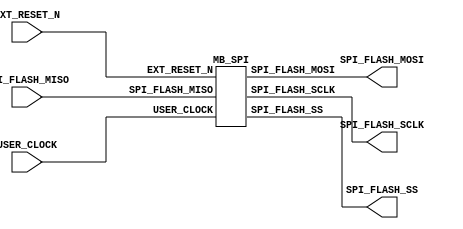
//-----------------------------------------------------------------------------
// MB_SPI_stub.v
//-----------------------------------------------------------------------------

module MB_SPI_stub
  (
    EXT_RESET_N,
    USER_CLOCK,
    SPI_FLASH_SS,
    SPI_FLASH_MOSI,
    SPI_FLASH_SCLK,
    SPI_FLASH_MISO
  );
  input EXT_RESET_N;
  input USER_CLOCK;
  output [9:0] SPI_FLASH_SS;
  output SPI_FLASH_MOSI;
  output SPI_FLASH_SCLK;
  input SPI_FLASH_MISO;

  (* BOX_TYPE = "user_black_box" *)
  MB_SPI
    MB_SPI_i (
      .EXT_RESET_N ( EXT_RESET_N ),
      .USER_CLOCK ( USER_CLOCK ),
      .SPI_FLASH_SS ( SPI_FLASH_SS ),
      .SPI_FLASH_MOSI ( SPI_FLASH_MOSI ),
      .SPI_FLASH_SCLK ( SPI_FLASH_SCLK ),
      .SPI_FLASH_MISO ( SPI_FLASH_MISO )
    );

endmodule

module MB_SPI
  (
    EXT_RESET_N,
    USER_CLOCK,
    SPI_FLASH_SS,
    SPI_FLASH_MOSI,
    SPI_FLASH_SCLK,
    SPI_FLASH_MISO
  );
  input EXT_RESET_N;
  input USER_CLOCK;
  output [9:0] SPI_FLASH_SS;
  output SPI_FLASH_MOSI;
  output SPI_FLASH_SCLK;
  input SPI_FLASH_MISO;
endmodule